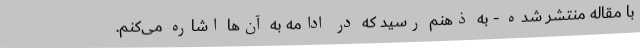
با مقاله منتشر شده - به ذهنم رسید که در ادامه به آن‌ها اشاره می‌کنم.